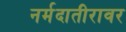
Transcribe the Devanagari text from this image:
नर्मदातीरावर